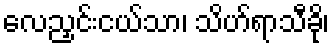
လေညှင်းငယ်သာ၊ သိဟ်ရာသီခို၊